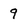
Character: 9